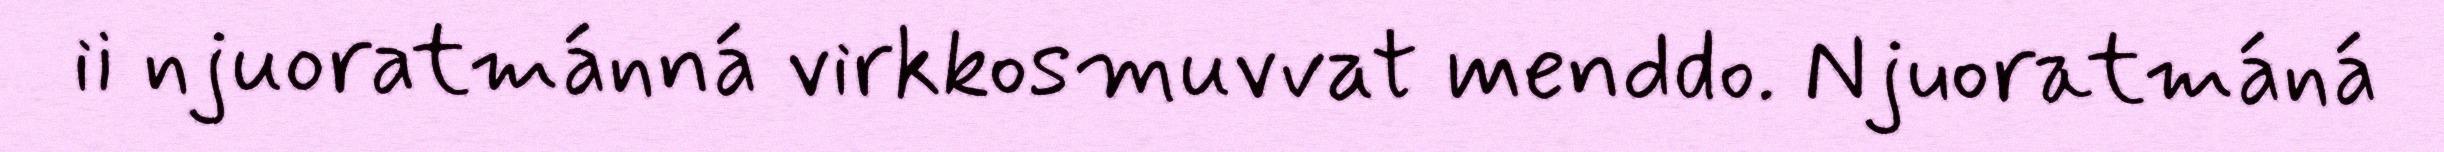
ii njuoratmánná virkkosmuvvat menddo. Njuoratmáná